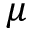
\mu